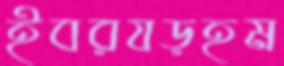
ইবরযড়হম